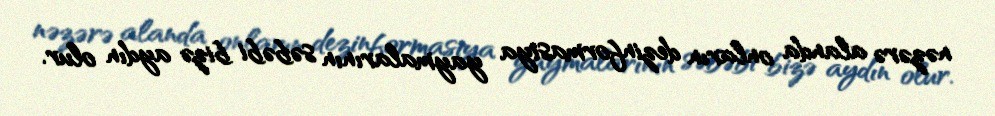
nəzərə alanda onların dezinformasiya yaymalarının səbəbi bizə aydın olur.